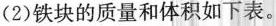
(2)铁块的质量和体积如下表。